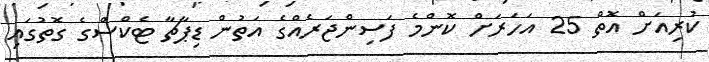
ކުރިއަށް އޮތް 25 އަހަރަށް ކޮންމެ ފަސިންޖަރެއްގެ އަތުން ޑިޕާޗާ ޓެކްސްގެ ގޮތުގައި